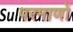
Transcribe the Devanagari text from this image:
परमाणों